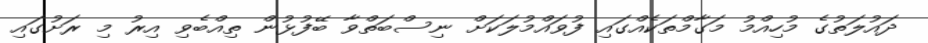
ދައުލަތުގެ މުހިއްމު މަގާމްތަކެއްގައި ފުވައްމުލަކަށް ނިސްބަތްވާ ބޭފުޅުން ތިއްބެވި އިރު މި ރަށުގައި